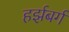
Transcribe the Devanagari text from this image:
हर्झबर्ग